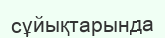
сұйықтарында